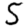
Digit: 5